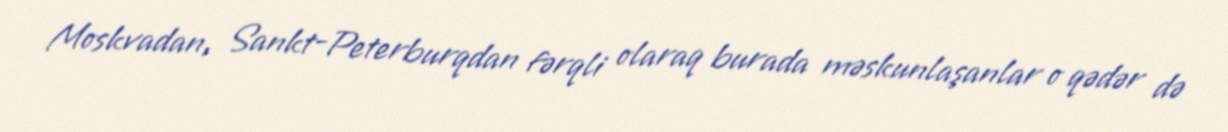
Moskvadan, Sankt-Peterburqdan fərqli olaraq burada məskunlaşanlar o qədər də